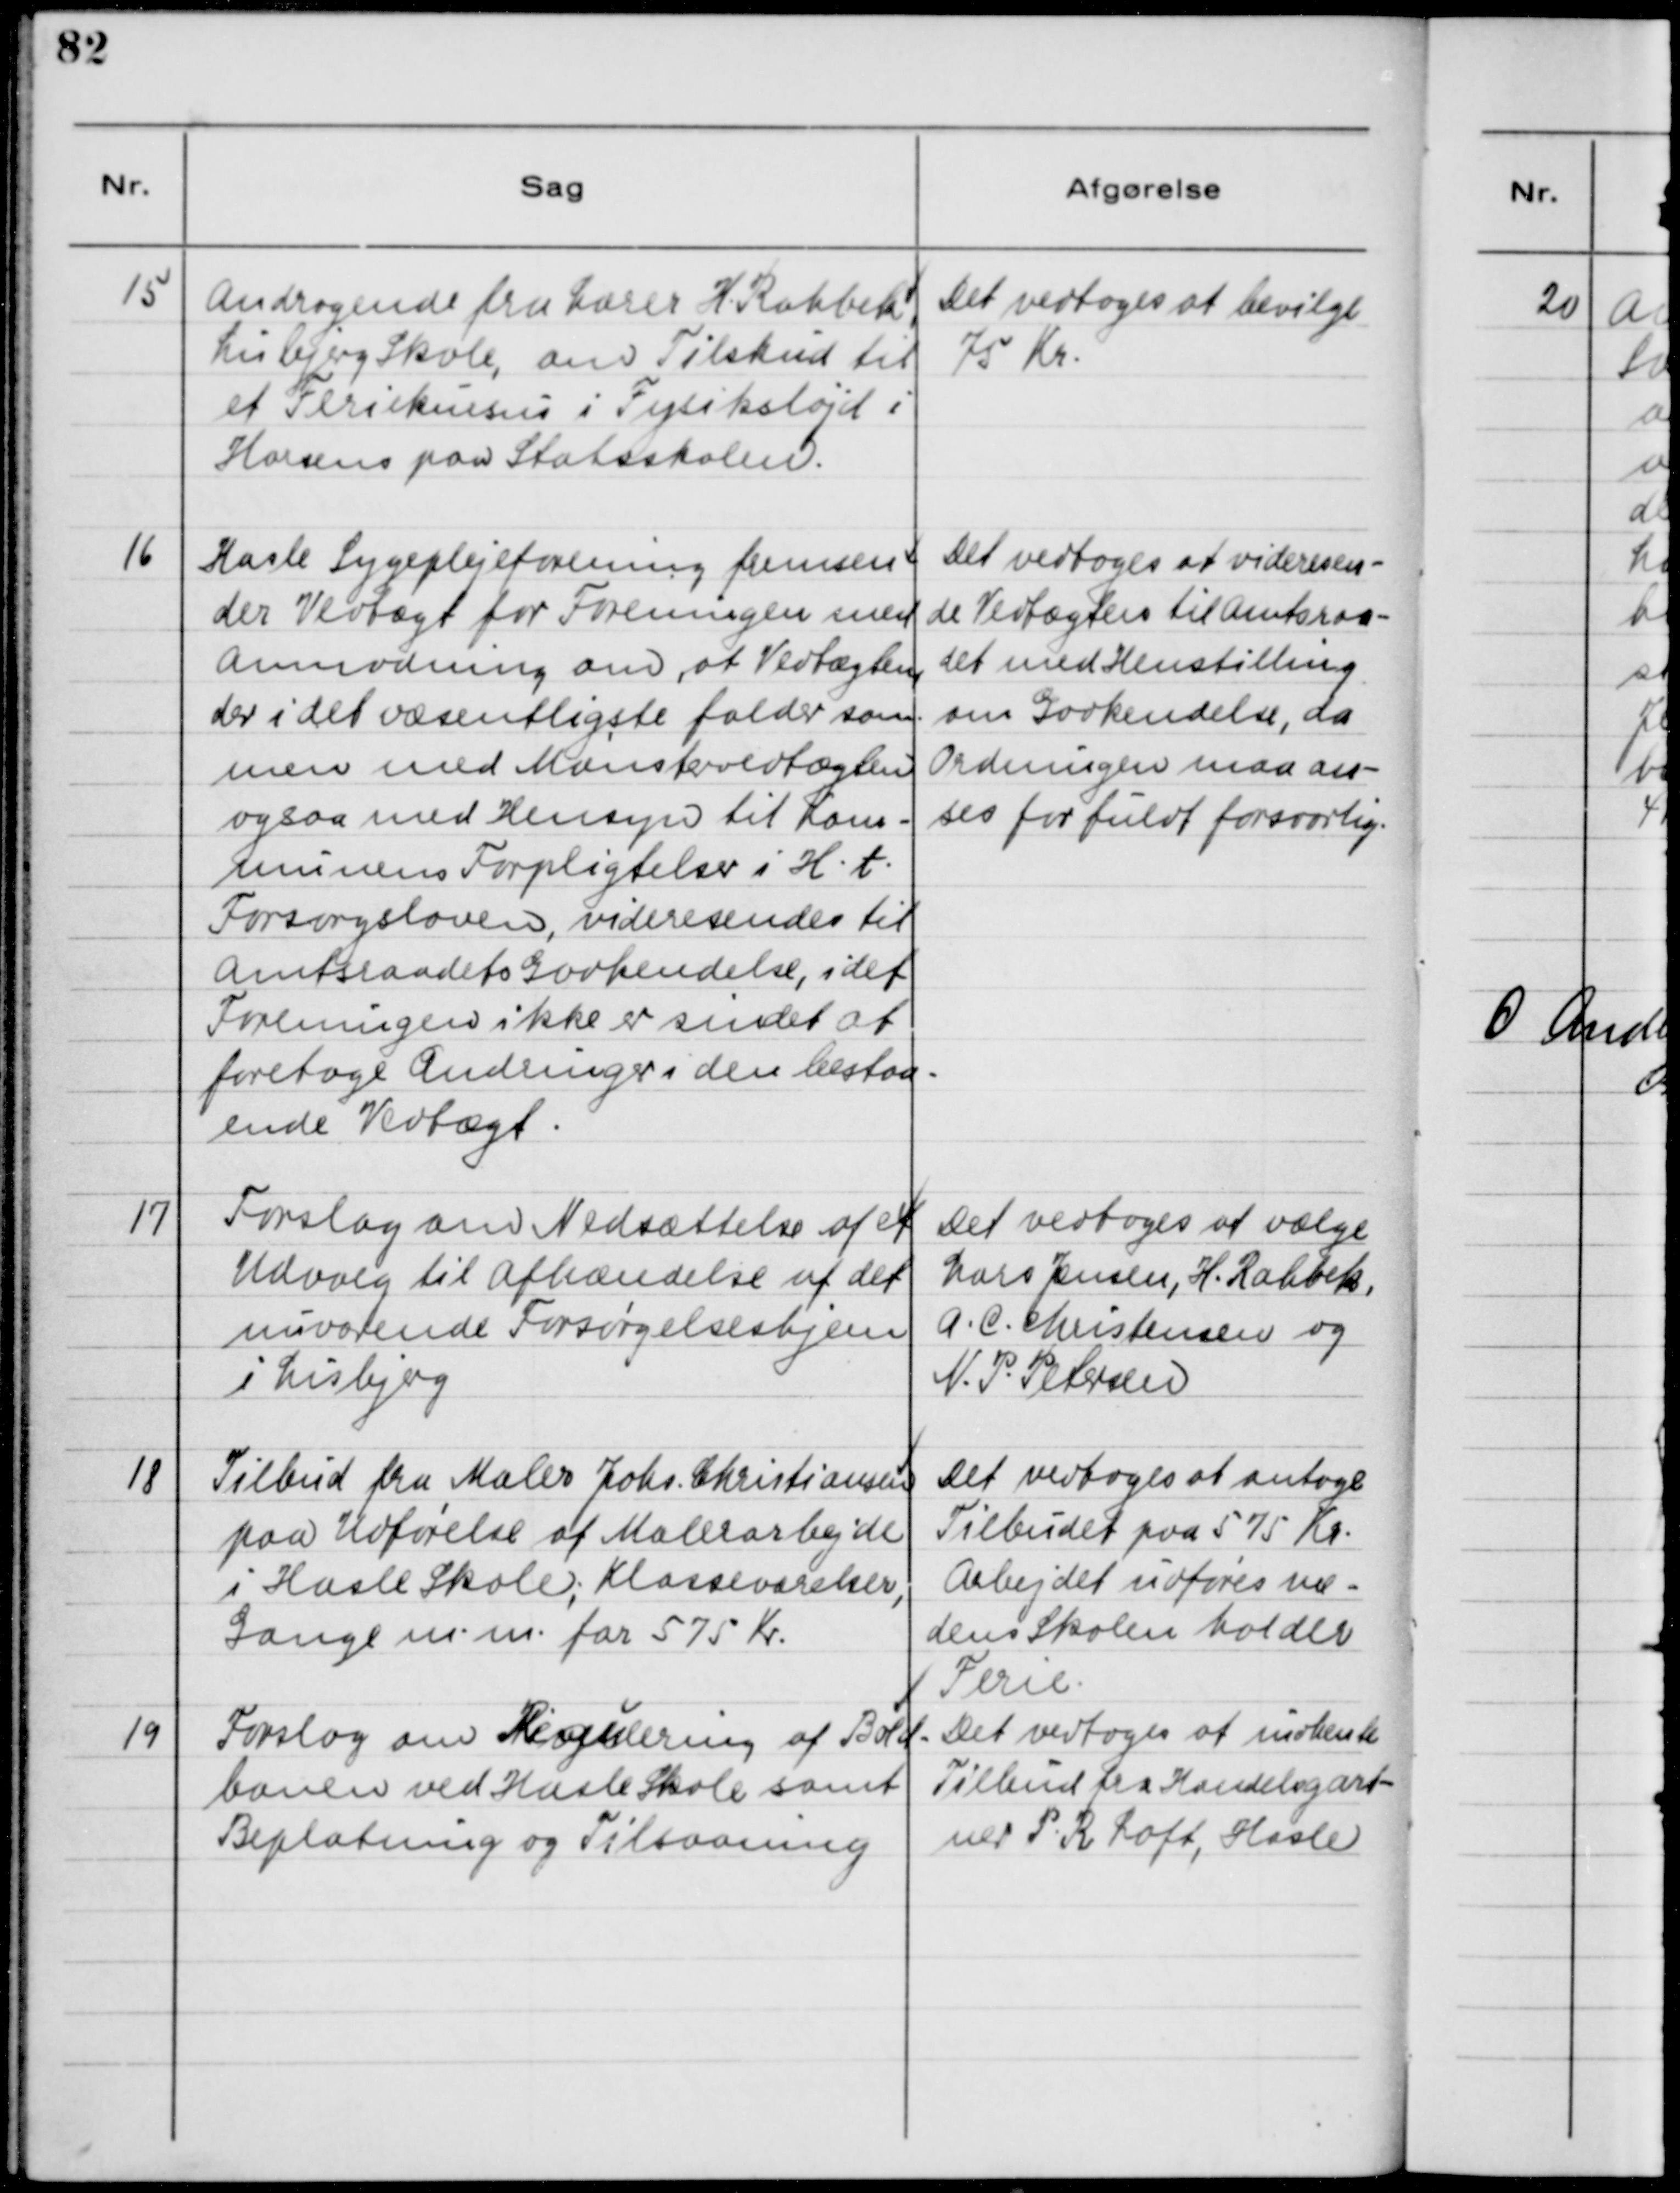
Transskription:
15

Andragende fra Lærer H. Rahbek,
Lisbjerg Skole, om Tilskud til
et Feriekursus i Fysiksløjd i
Horsens paa Statsskolen.

Det vedtoges at bevilge
75 Kr.

16

Hasle Sygeplejeforening fremsen-
der Vedtægt for Foreningen med
Anmodning om, at Vedtægten,
der i det væsentligste falder sam-
men med Mønstervedtægten
ogsaa med Hensyn til Kom-
kunens Forpligtigelse i H.t.
Forsorgsloven, videresendes til
Amtsraadets Godkendelse, idet
Foreningen ikke er sindet at
foretage Ændringer i den bestaa-
ende Vedtægt.

Det vedtoges at videresen-
de Vedtægten til Amtsraa-
det med Henstilling
om Godkendelse, da
Ordningen maa an-
ses for fuldt forsvarlig.

17

Forslag om Nedsættelse af et
Udvalg til Afhændelse af det
nuværende Forsørgelseshjem
i Lisbjerg

Det vedtoges at vælge
Lars Jensen, H. Rahbek,
A. C. Christensen og
N. P. Petersen

18

Tilbud fra Maler Johs. Christiansen
paa Udførelse af Malerarbejde
i Hasle Skole, Klasseværelser,
Gange m.m. for 575 Kr.

Det vedtoges at antage
Tilbudet paa 575 Kr.
Arbejdet udføres me-
dens Skolen holder
Ferie.

19

Forslag om Regulering af Bold-
banen ved Hasle Skole samt
Beplantning og Tilsaaning.

Det vedtoges at indhente
Tilbud fra Handelsgart-
ner P. P. Loft, Hasle